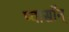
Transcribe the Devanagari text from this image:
प्वासॉन्‌